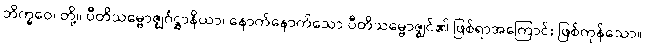
ဘိက္ခဝေ၊ တို့။ ပီတိသမ္ဗောဇ္ဈင်္ဂဋ္ဌာနိယာ၊ နောက်နောက်သော ပီတိသမ္ဗောဇ္ဈင်၏ ဖြစ်ရာအကြောင်း ဖြစ်ကုန်သော။